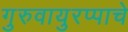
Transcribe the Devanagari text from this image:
गुरुवायुरप्पाचे